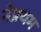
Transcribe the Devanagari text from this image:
नेप्रथम